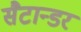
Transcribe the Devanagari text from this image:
सैटान्डर